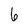
Character: 6